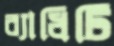
ব্যাধিটি